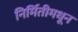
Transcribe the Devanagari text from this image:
निर्मितीमधून